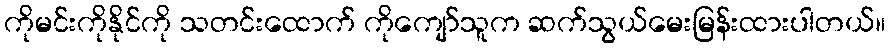
ကိုမင်းကိုနိုင်ကို သတင်းထောက် ကိုကျော်သူက ဆက်သွယ်မေးမြန်းထားပါတယ်။